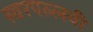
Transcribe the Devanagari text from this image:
स्वरपल्लवी